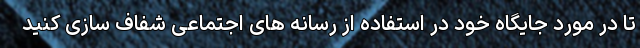
تا در مورد جایگاه خود در استفاده از رسانه های اجتماعی شفاف سازی کنید